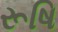
રૂષિ